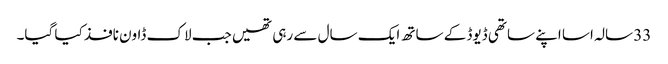
33 سالہ اسا اپنے ساتھی ڈیوڈ کے ساتھ ایک سال سے رہی تھیں جب لاک ڈاون نافذ کیا گیا۔